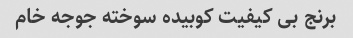
برنج بی کیفیت کوبیده سوخته جوجه خام